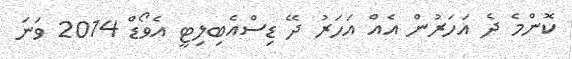
ކޮންމެ ދެ އަހަރުން އެއް އަހަރު ދޭ ޑިސްއެބިލިޓީ އެވޯޑް 2014 ވަނަ